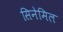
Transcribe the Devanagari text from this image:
सिनेमिल